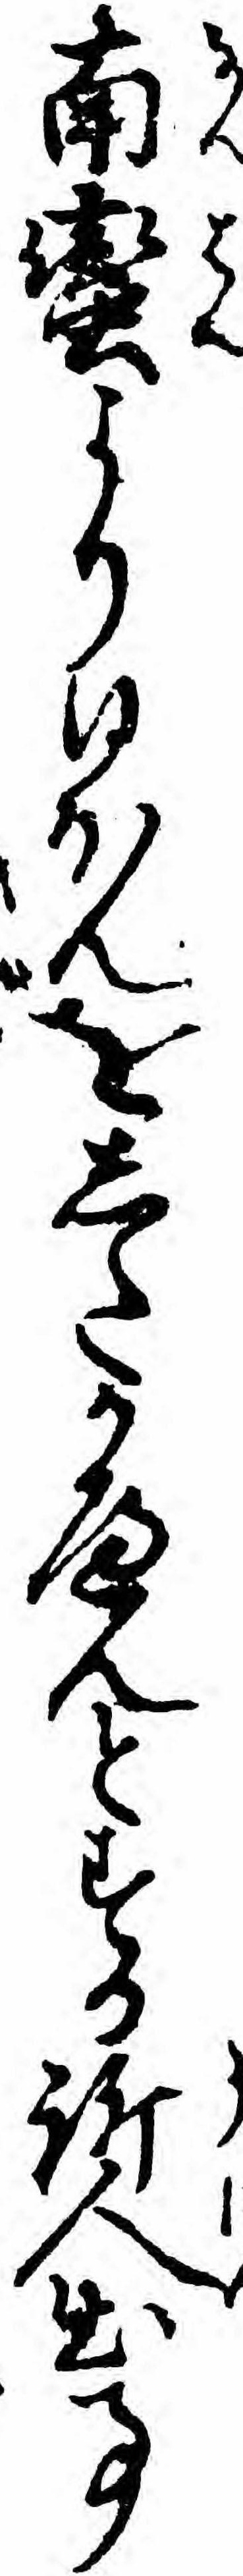
南蛮より日ほんをしたかへんとする訴人出事